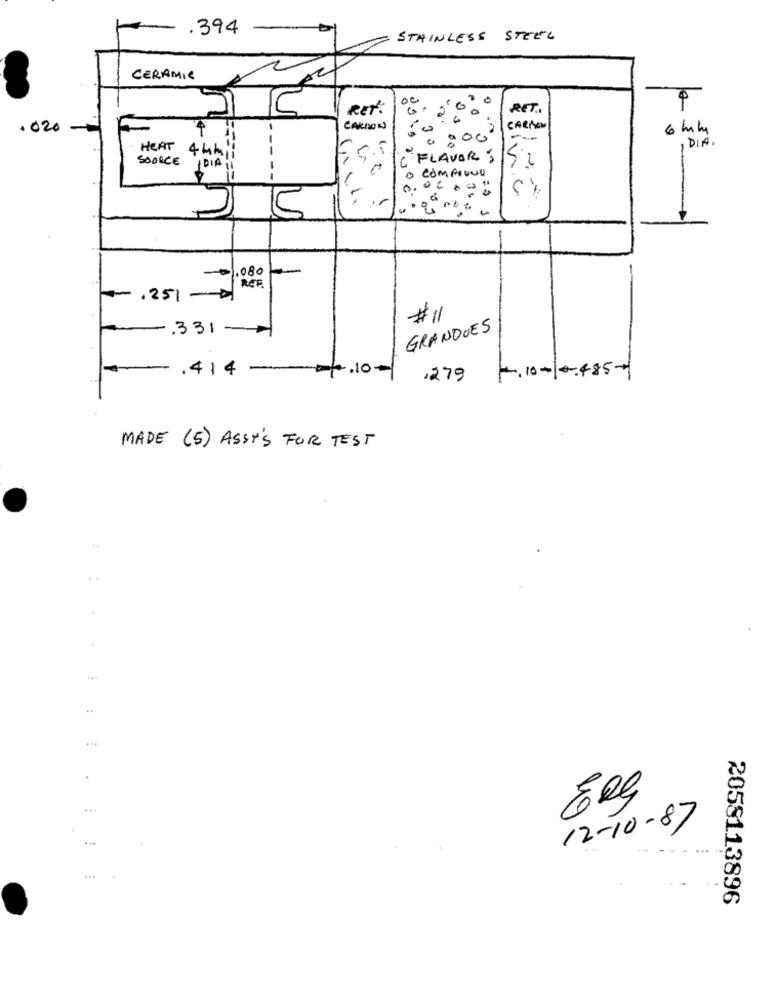
.394
STAINLESS STEEL
CERAMIC
RET:
RET.
.020
CARISON
CARRO
6 mm
.000
1 DIA.
5.5
HEAT 4 mmil
SOURCE
C FLAVORS
Si
-
COMPIONO
0 .....
5
1.080
REF.
.251-0
#11
331-
GRANDUES
.414 -2010-
.279 .10-10.485-
MADE (5) ASST'S FOR TEST
..
..
...
12-10-87
2058113896